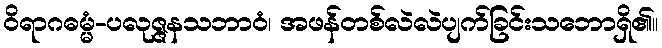
ဝိရာဂဓမ္မံ-ပလုဇ္ဇနသဘာဝံ၊ အဖန်တစ်လဲလဲပျက်ခြင်းသဘောရှိ၏။